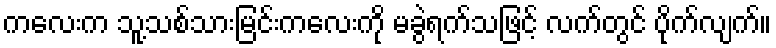
ကလေးက သူ့သစ်သားမြင်းကလေးကို မခွဲရက်သဖြင့် လက်တွင် ပိုက်လျက်။